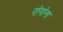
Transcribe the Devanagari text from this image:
रांगांना